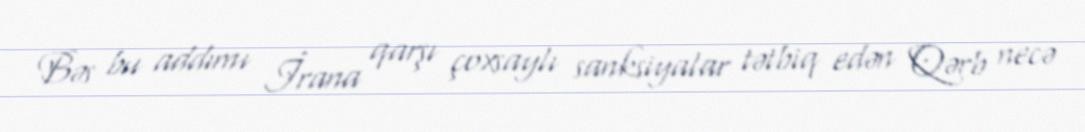
Bəs bu addımı İrana qarşı çoxsaylı sanksiyalar tətbiq edən Qərb necə